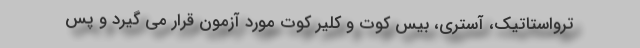
ترواستاتیک، آستری، بیس کوت و کلیر کوت مورد آزمون قرار می گیرد و پس